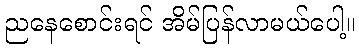
ညနေစောင်းရင် အိမ်ပြန်လာမယ်ပေါ့။